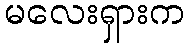
မလေးရှားက